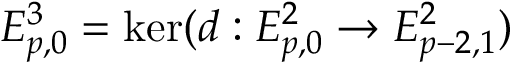
E _ { p , 0 } ^ { 3 } = \ker ( d : E _ { p , 0 } ^ { 2 } \to E _ { p - 2 , 1 } ^ { 2 } )